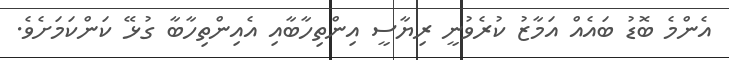
އެންމެ ބޮޑު ބައެއް އަމާޒު ކުރެވުނީ ރިޔާސީ އިންތިހާބާއި އެއިންތިހާބާ ގުޅޭ ކަންކަމަށެވެ.